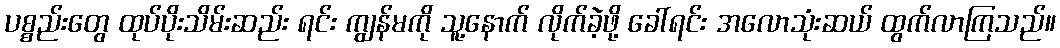
ပစ္စည်းတွေ ထုပ်ပိုးသိမ်းဆည်း ရင်း ကျွန်မကို သူ့နောက် လိုက်ခဲ့ဖို့ ခေါ်ရင်း အလောသုံးဆယ် ထွက်လာကြသည်။